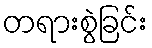
တရားစွဲခြင်း